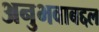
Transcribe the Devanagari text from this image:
अनुभवाबद्दल